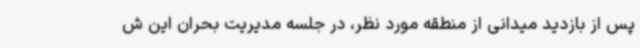
پس از بازدید میدانی از منطقه مورد نظر، در جلسه مدیریت بحران این ش